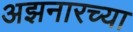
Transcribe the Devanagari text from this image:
अझनारच्या